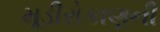
મૂડીરોકાણની